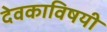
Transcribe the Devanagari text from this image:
देवकाविषयी